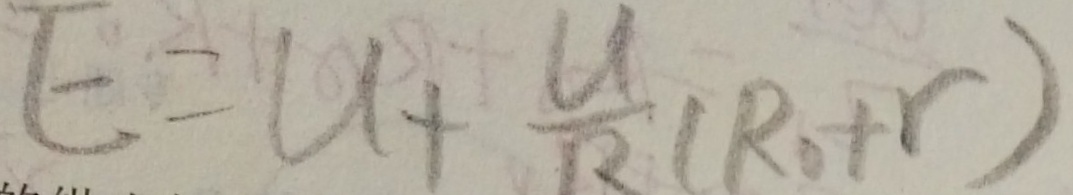
E = U + \frac { U } { R } ( R _ { 0 } + r )